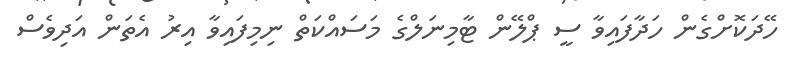
ހޭދަކޮށްގެން ހަދާފައިވާ ސީ ޕްލޭން ޓާމިނަލްގެ މަސައްކަތް ނިމިފައިވާ އިރު އެތަން އަދިވެސް